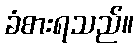
ခံစားရသည်။